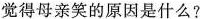
觉得母亲笑的原因是什么?